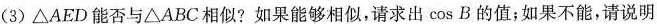
(3)△AED能否与△ABC。相似?如果能够相似，请求出cos B的值；如果不能，请说明